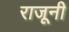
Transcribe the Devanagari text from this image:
राजूनी